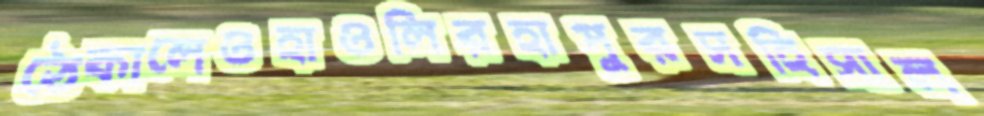
ঠেকালেওহাওলিরহাপুরসহিসাল